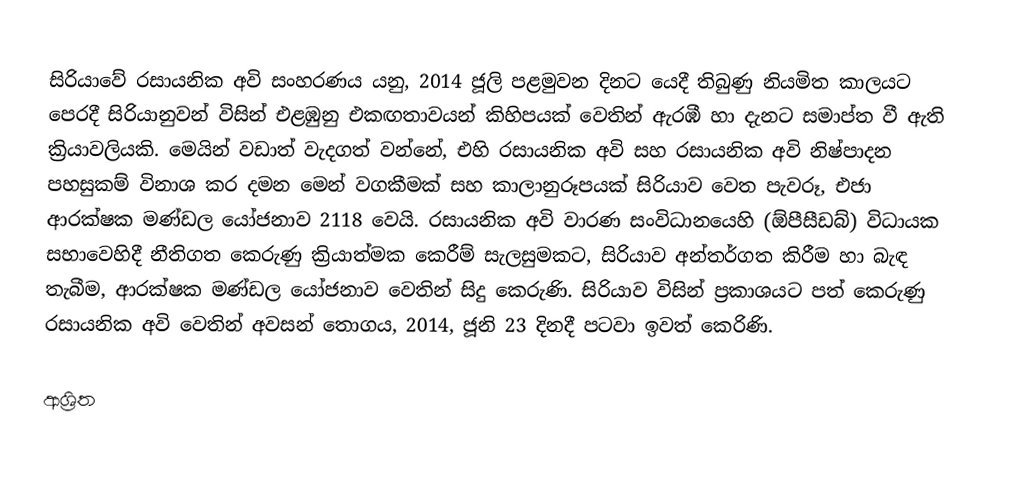
සිරියාවේ රසායනික අවි සංහරණය යනු, 2014 ජූලි පළමුවන දිනට යෙදී තිබුණු  නියමිත කාලයට පෙරදී සිරියානුවන් විසින් එළඹුනු එකඟතාවයන් කිහිපයක් වෙතින් ඇරඹී හා දැනට සමාප්ත වී ඇති ක්‍රියාවලියකි. මෙයින් වඩාත් වැදගත් වන්නේ, එහි රසායනික අවි සහ රසායනික අවි නිෂ්පාදන පහසුකම් විනාශ කර දමන මෙන් වගකීමක් සහ කාලානුරූපයක් සිරියාව වෙත පැවරූ, එජා ආරක්ෂක මණ්ඩල යෝජනාව 2118 වෙයි. රසායනික අවි වාරණ සංවිධානයෙහි (ඕපීසීඩබ්) විධායක සභාවෙහිදී නීතිගත කෙරුණු ක්‍රියාත්මක කෙරීම් සැලසුමකට, සිරියාව  අන්තර්ගත කිරීම හා බැඳ තැබීම,  ආරක්ෂක මණ්ඩල යෝජනාව වෙතින් සිදු කෙරුණි. සිරියාව විසින් ප්‍රකාශයට පත් කෙරුණු රසායනික අවි වෙතින් අවසන් තොගය,  2014, ජූනි 23 දිනදී පටවා ඉවත් කෙරිණි.

ආශ්‍රිත